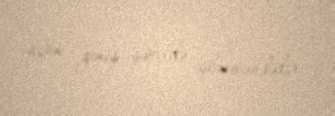
üçün geniş şəkildə işlənməkdədir.